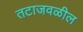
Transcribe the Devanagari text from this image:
तटाजवळील